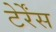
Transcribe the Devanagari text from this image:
टेर्रेंस